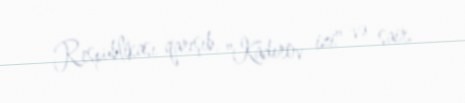
Respublikası qarışıb, "Kadırov izi" və sair.